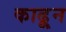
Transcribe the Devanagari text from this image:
काढू्न